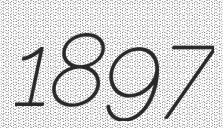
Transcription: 1897